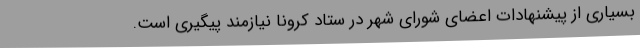
بسیاری از پیشنهادات اعضای شورای شهر در ستاد کرونا نیازمند پیگیری است.